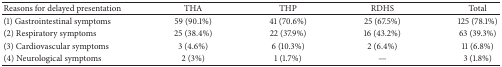
<table><thead><tr><td><b>Reasons for delayed presentation</b></td><td><b>THA</b></td><td><b>THP</b></td><td><b>RDHS</b></td><td><b>Total</b></td></tr></thead><tbody><tr><td>(1) Gastrointestinal symptoms</td><td>59 (90.1%)</td><td>41 (70.6%)</td><td>25 (67.5%)</td><td>125 (78.1%)</td></tr><tr><td>(2) Respiratory symptoms</td><td>25 (38.4%)</td><td>22 (37.9%)</td><td>16 (43.2%)</td><td>63 (39.3%)</td></tr><tr><td>(3) Cardiovascular symptoms</td><td>3 (4.6%)</td><td>6 (10.3%)</td><td>2 (6.4%)</td><td>11 (6.8%)</td></tr><tr><td>(4) Neurological symptoms</td><td>2 (3%)</td><td>1 (1.7%)</td><td>—</td><td>3 (1.8%)</td></tr></tbody></table>